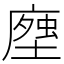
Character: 𧍽